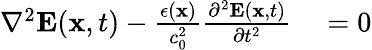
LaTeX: \begin{array}{rl}{\nabla^{2}{\mathbf E}({\mathbf x},t)-\frac{\epsilon({\mathbf x})}{c_{0}^{2}}\frac{\partial^{2}{\mathbf E}({\mathbf x},t)}{\partial t^{2}}}&{{}=0}\end{array}